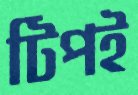
টিপই